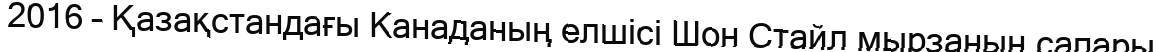
2016 – Қазақстандағы Канаданың елшісі Шон Стайл мырзаның сапары.